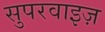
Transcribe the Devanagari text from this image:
सुपरवाइज़